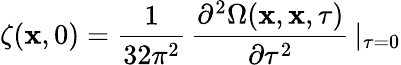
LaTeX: \zeta(\mathbf{x},0)=\frac{{1}}{{32\pi^{2}}}\, \frac{{\partial^{2}\Omega(\mathbf{x},\mathbf{x},\tau)}}{{\partial\tau^{2}}}\, \vert_{\tau=0}